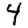
Digit: 4